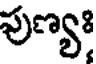
పుణ్యః